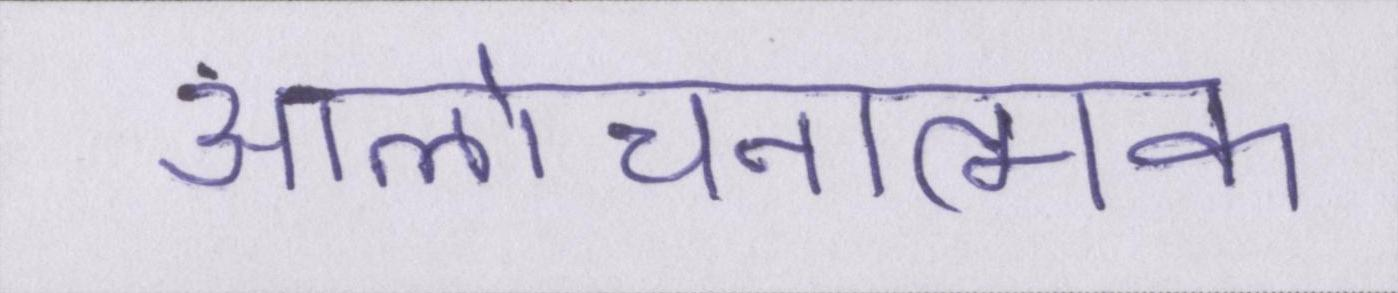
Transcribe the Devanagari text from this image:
आलोचनात्मक